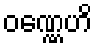
ဝဏ္ဏေဟိ